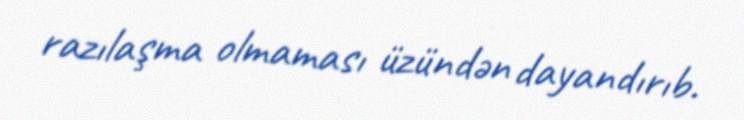
razılaşma olmaması üzündən dayandırıb.